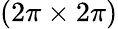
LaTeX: (2\pi\times 2\pi)